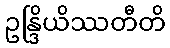
ဥန္ဒြိယိဿတီတိ